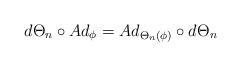
LaTeX: \begin{align*}d\Theta_n\circ Ad_\phi=Ad_{\Theta_n(\phi)}\circ d\Theta_n\end{align*}